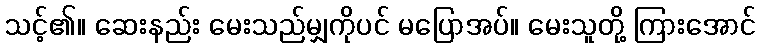
သင့်၏။ ဆေးနည်း မေးသည်မျှကိုပင် မပြောအပ်။ မေးသူတို့ ကြားအောင်